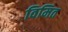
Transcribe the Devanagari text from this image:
विमित